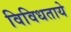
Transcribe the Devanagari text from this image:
विविधताये